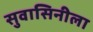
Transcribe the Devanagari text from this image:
सुवासिनीला